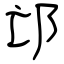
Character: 邙